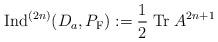
LaTeX: \begin{align*}{\rm Ind}^{(2n)}(D_a,P_{\rm F}):=\frac{1}{2}\;{\rm Tr}\; A^{2n+1}\end{align*}